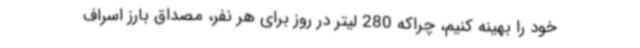
خود را بهینه کنیم، چراکه 280 لیتر در روز برای هر نفر، مصداق بارز اسراف